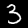
Digit: 3